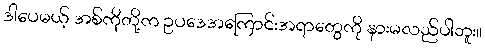
ဒါပေမယ့် အစ်ကိုတို့က ဥပဒေအကြောင်းအရာတွေကို နားမလည်ပါဘူး။